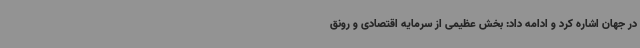
در جهان اشاره کرد و ادامه داد: بخش عظیمی از سرمایه اقتصادی و رونق